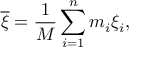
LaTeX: { \overline { { \xi } } } = { \frac { 1 } { M } } \sum _ { i = 1 } ^ { n } m _ { i } \xi _ { i } ,